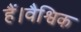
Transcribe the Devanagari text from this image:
हैं।वैश्विक